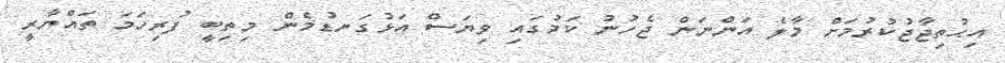
އިޙުތިޖާޖުކުރުމަށް މާލެ އަންނަން ޖެހުނު ކަމުގައި ވިޔަސް އަޅުގަނޑުމެން މިތިބީ ފުރިހަމަ ތައްޔާރީ